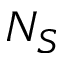
N _ { S }